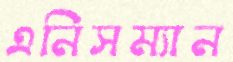
এনিসম্যান